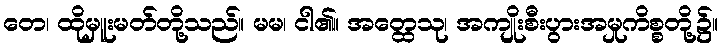
တေ၊ ထိုမှူးမတ်တို့သည်။ မမ၊ ငါ၏။ အတ္ထေသု၊ အကျိုးစီးပွားအမှုကိစ္စတို့၌။